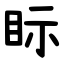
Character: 眎